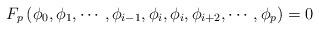
LaTeX: \begin{align*}F_p \left (\phi_0, \phi_1, \cdots, \phi_{i-1}, \phi_i, \phi_i,\phi_{i+2}, \cdots, \phi_p \right ) = 0\end{align*}